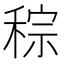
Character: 𥟡